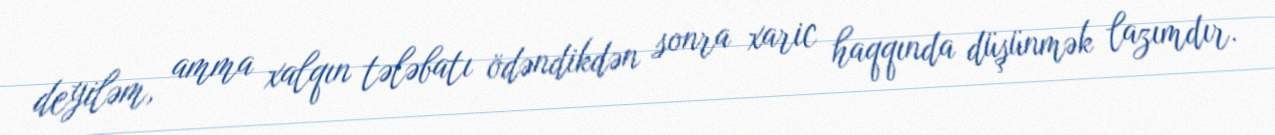
deyiləm, amma xalqın tələbatı ödəndikdən sonra xaric haqqında düşünmək lazımdır.